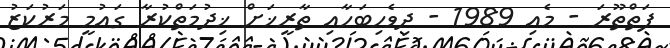
ފަތްތޫރަ - މެއި 1989 - ދިވެހިބަހާއި ތާރީޚަށް ޚިދުމަތްކުރާ ގައުމީ މަރުކަޒު